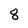
Character: 8